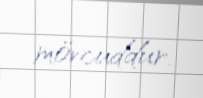
mövcuddur.